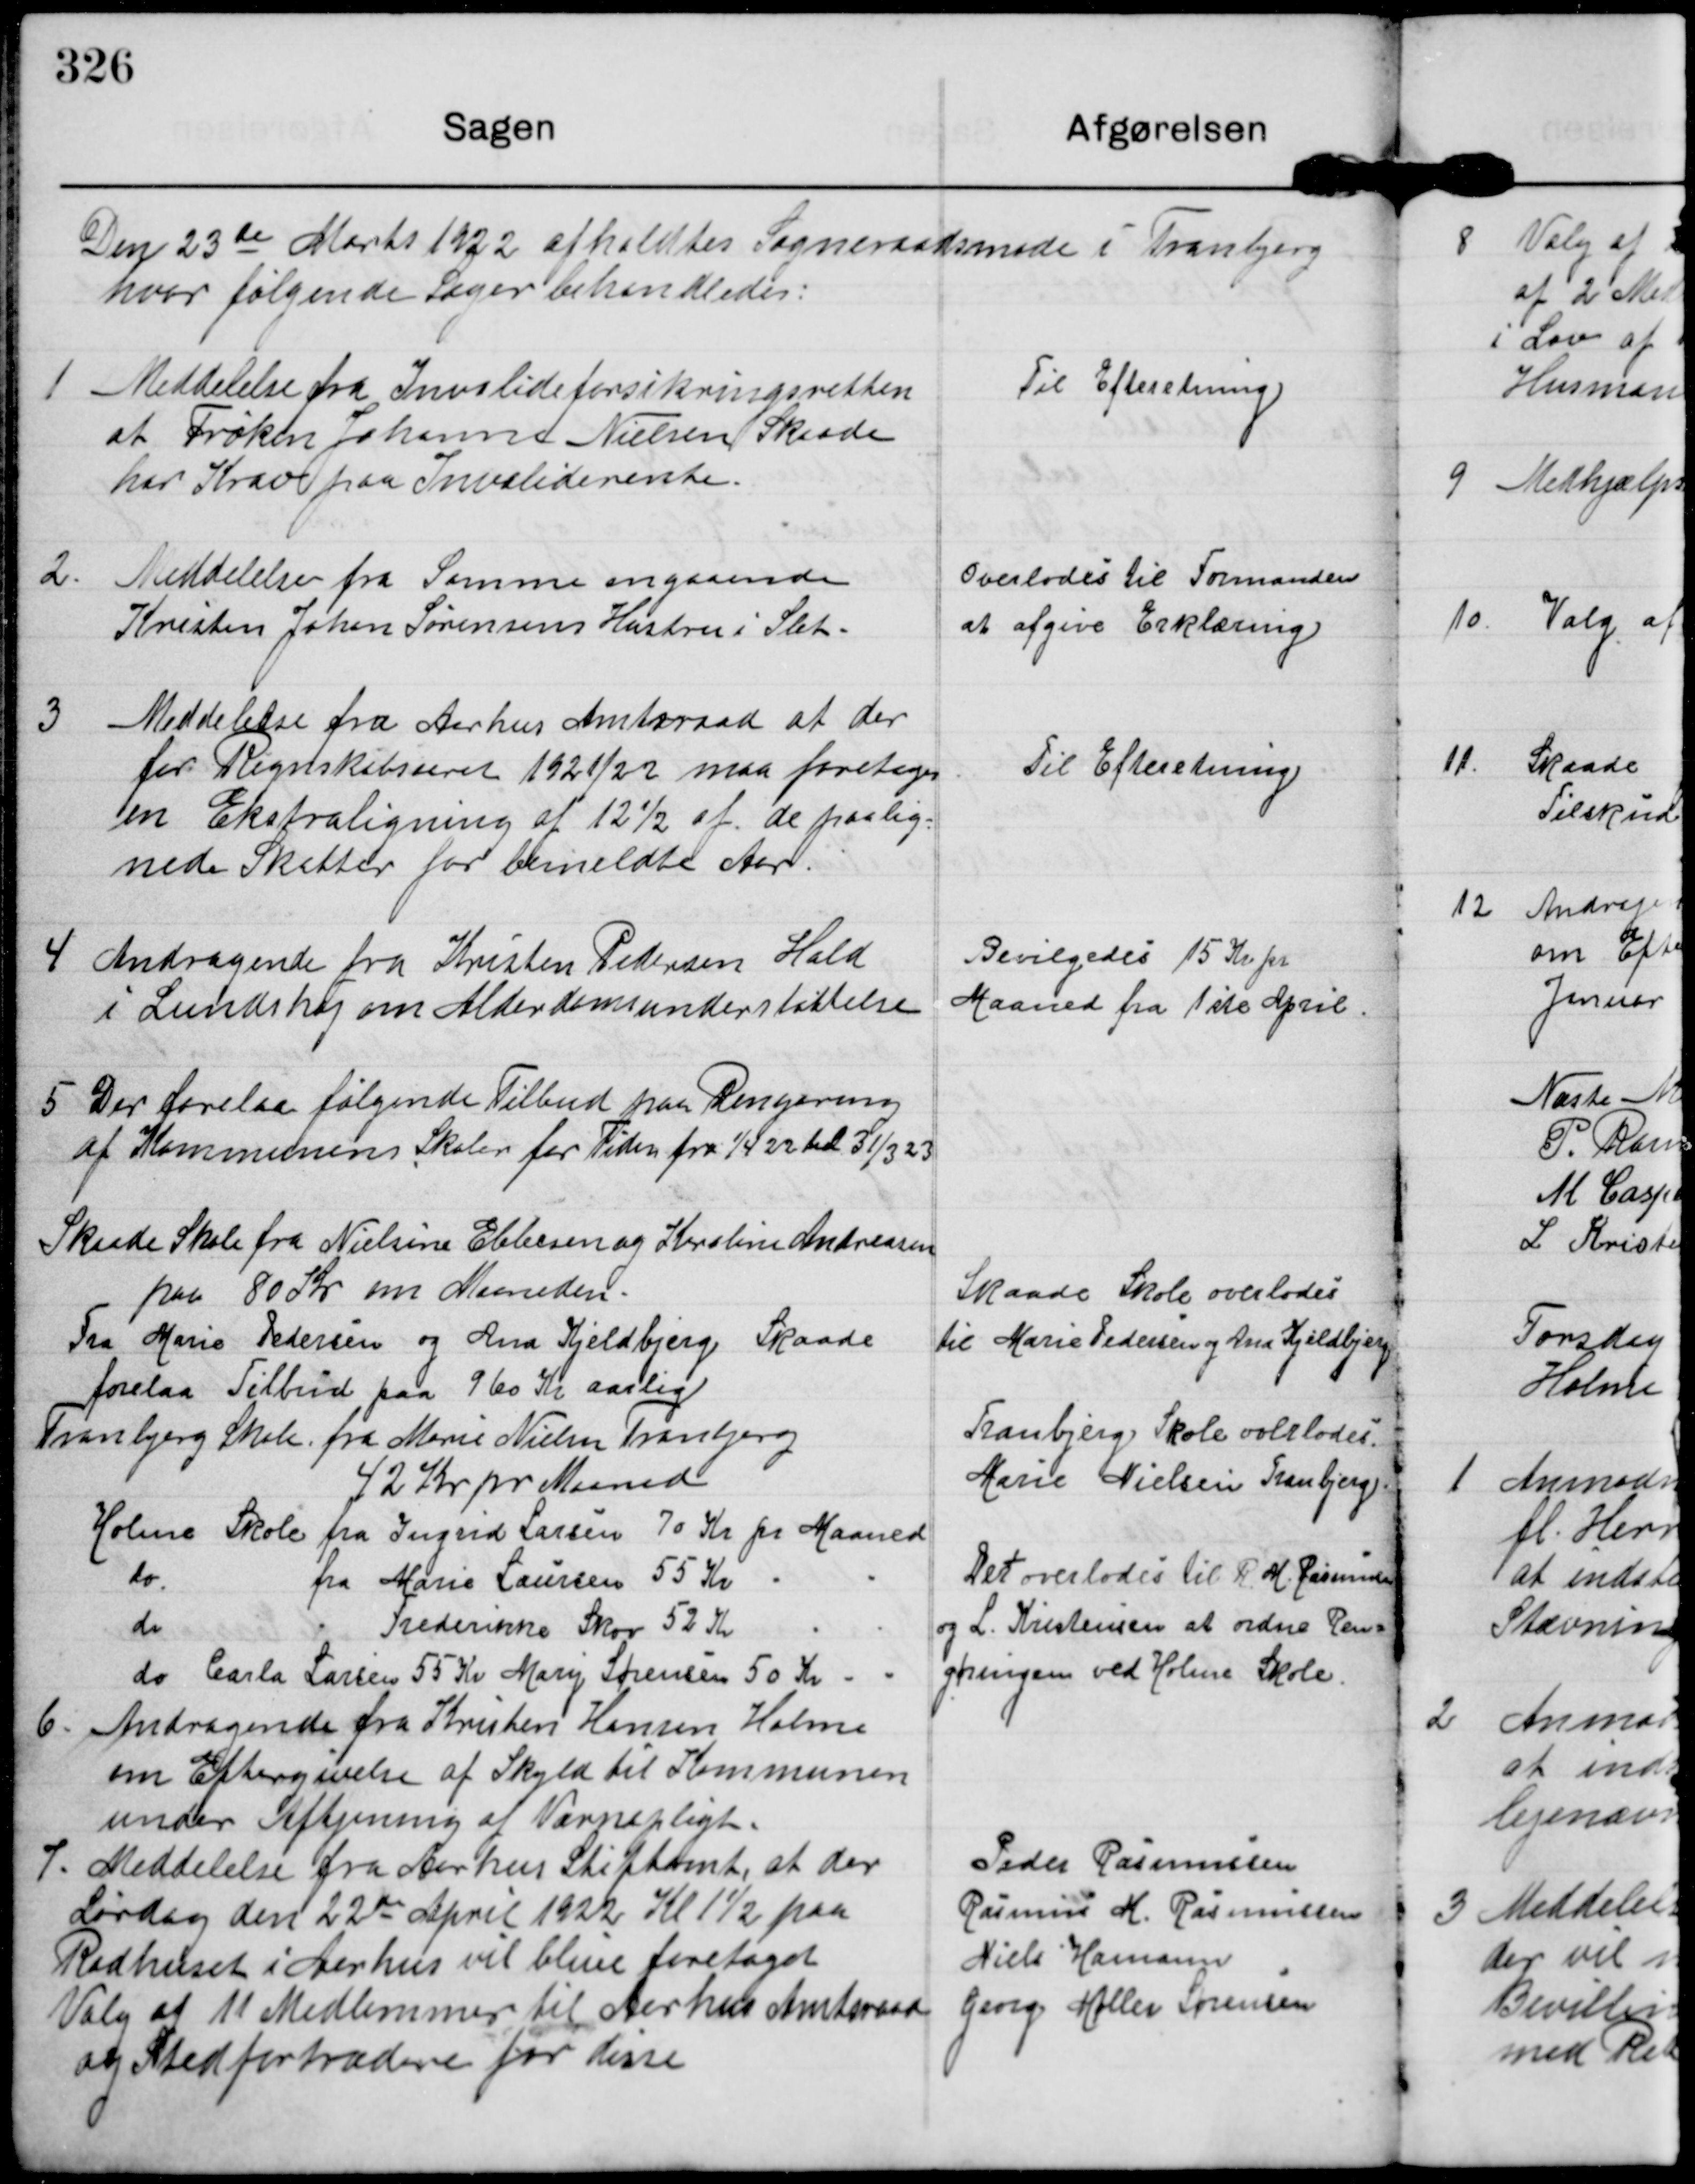
Transskription:
Den 23de Marts 1922 afholdtes Sogneraadsmøde i Tranbjerg
hvor følgende Sager behandledes

1 Meddelelse fra Invalidefirsikringsretten
at Frøken Johanne Nielsen Skaade
har Krav paa Invaliderente.

Til Efteretning.

2. Meddelelse fra Samme angaaende
Kristen John Sørensens Hustru i Slet

Overlodes til Formanden
at afgive Erklæring

3. Meddelelse fra Aarhus Amtsraad at der
for Regnskabsaaret 1921/22 maa foretages
en Ekstraligning af 12½ af de paalig-
nede Skatter for bemeldte Aar.

Til Efteretning.

4 Andragende fra Kristen Pedersen Hald
i Lundshøj om Alderdomsunderstøttelse

Bevilgedes 15 Kr pr
Maaned fra 1ste April.

5 Der forelaa følgende Tilbud paa Rengøring
af Kommunens Skoler for Tiden fra 1/4 22 til 31/3 23
Skaade Skole fra Nielsine Ebbesen og Karoline Andreasen
paa 80 Kr om Maaneden.
Fra Marie Pedersen og Ana Kjeldbjerg Skaade
forelaa Tilbud paa 960 Kr aarlig
Tranbjerg Skole fra Marie Nielsen Tranbjerg 
42 Kr pr Maaned
Holme Skole fra Ingrid Larsen 70 Kr pr Maaned
do fra Marie Laursen 55 Kr   "   "
do   "   Frederikke Skov 52 Kr   "   "
do  Carla Larsen 55 Kr Mary Sørensen 50 Kr.   -   -

Skaade Skole overlodes
til Marie Pedersen og Ana Kjeldbjerg
Tranbjerg Skole overlodes
Marie Nielsen Tranbjerg
Det overlodes til R. M. Rasmussen
og L. Kristensen at ordne Ren-
gøringen ved Holme Skole.

6. Andragende fra Kristen Hansen Holme
om Eftergivelse af Skyld til Kommunen
under Aftjening af Værnepligt.

7. Meddelelse fra Aarhus Stiftamt, at der
Lørdag den 22de April 1922 Kl 1½ paa
Raadhuset i Aarhus vil blive foretaget
Valg af 11 Medlemmer til Aarhus Amtsraad
af Stedfortrædere for disse

Peder Rasmussen
Rasmus H. Rasmussen
Niels Hamann
Georg Møller Sørensen